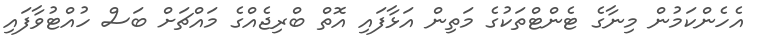
އެހެންކަމުން މިނާގެ ޓެންޓްތަކުގެ މަތިން އަޅާފައި އޮތް ބްރިޖެއްގެ މައްޗަށް ބަސް ހުއްޓުވާފައި